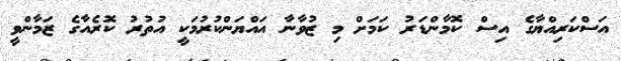
އަސްކަރިއްޔާގެ އިސް ކޮމާންޑަރު ކަމަށް މި ޒުވާނާ އައްޔަންކުރުމަކީ އުތުރު ކޮރެއާގެ ޒަމާންވީ